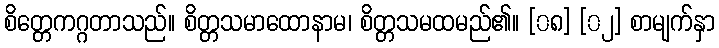
စိတ္တေကဂ္ဂတာသည်။ စိတ္တသမာထောနာမ၊ စိတ္တသမထမည်၏။ [၀၈] [၀၂] စာမျက်နှာ